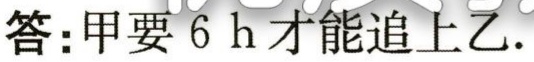
答：甲要 \(6\ h\) 才能追上乙.